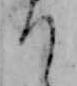
り